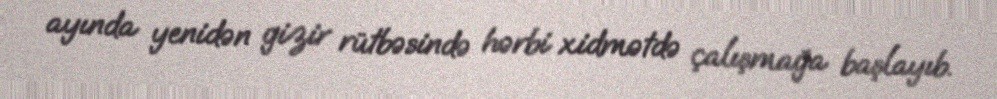
ayında yenidən gizir rütbəsində hərbi xidmətdə çalışmağa başlayıb.